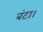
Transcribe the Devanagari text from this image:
बंटा।